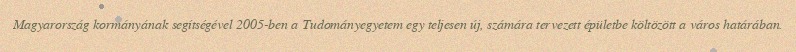
Magyarország kormányának segítségével 2005-ben a Tudományegyetem egy teljesen új, számára tervezett épületbe költözött a város határában.